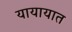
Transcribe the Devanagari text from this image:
यायायात